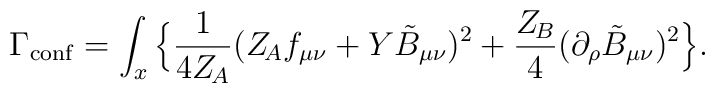
\Gamma_{\rm conf} = \int_x \Big\{\frac{1}{4Z_{\!A}}(Z_{\!A} f_{\mu\nu} +  Y\tilde B_{\mu\nu})^2 + \frac{Z_{\!B}}{4}  (\partial_{\rho} \tilde B_{\mu\nu})^2\Big\}.